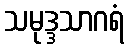
သမုဒ္ဒသာဂရံ